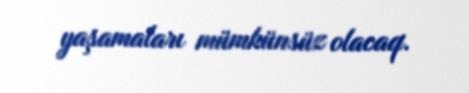
yaşamaları mümkünsüz olacaq.